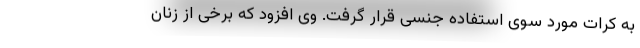
به کرات مورد سوی استفاده جنسی قرار گرفت. وی افزود که برخی از زنان